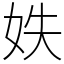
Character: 妷